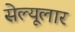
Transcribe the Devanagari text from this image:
सेल्यूलार